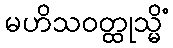
မဟိသဝတ္ထုသ္မိံ